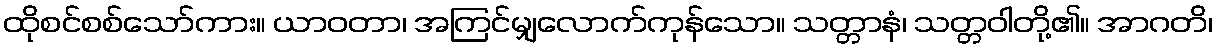
ထိုစင်စစ်သော်ကား။ ယာဝတာ၊ အကြင်မျှလောက်ကုန်သော။ သတ္တာနံ၊ သတ္တဝါတို့၏။ အာဂတိ၊